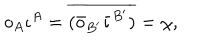
o _ { A } \iota ^ { A } = \overline { { { ( \bar { o } _ { B ^ { \prime } } \bar { \iota } ^ { B ^ { \prime } } ) } } } = \chi ,